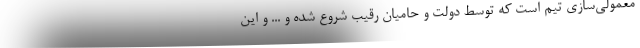
معمولی‌سازی تیم است که توسط دولت و حامیان رقیب شروع شده و ... و این